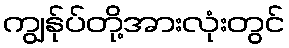
ကျွန်ုပ်တို့အားလုံးတွင်